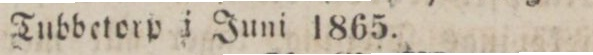
Tubbetorp i Juni 1865.